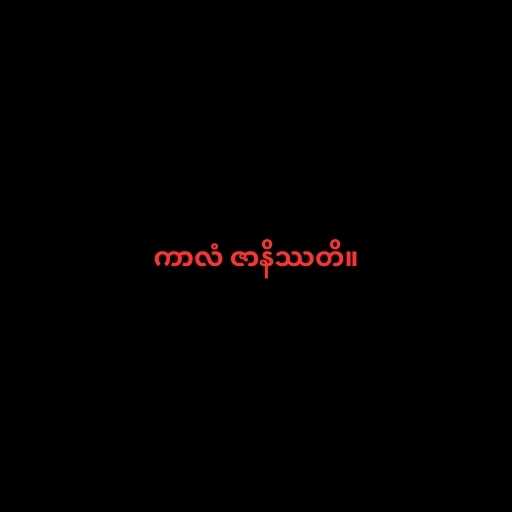
ကာလံ ဇာနိဿတိ။